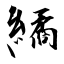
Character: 繘